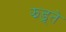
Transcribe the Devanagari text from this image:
झड़्ते